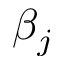
\beta _ { j }